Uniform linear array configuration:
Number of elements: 12
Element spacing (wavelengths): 0.5
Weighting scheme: exponential
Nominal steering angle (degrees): -45
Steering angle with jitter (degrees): -45.041
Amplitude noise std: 0.05
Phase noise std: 0.05

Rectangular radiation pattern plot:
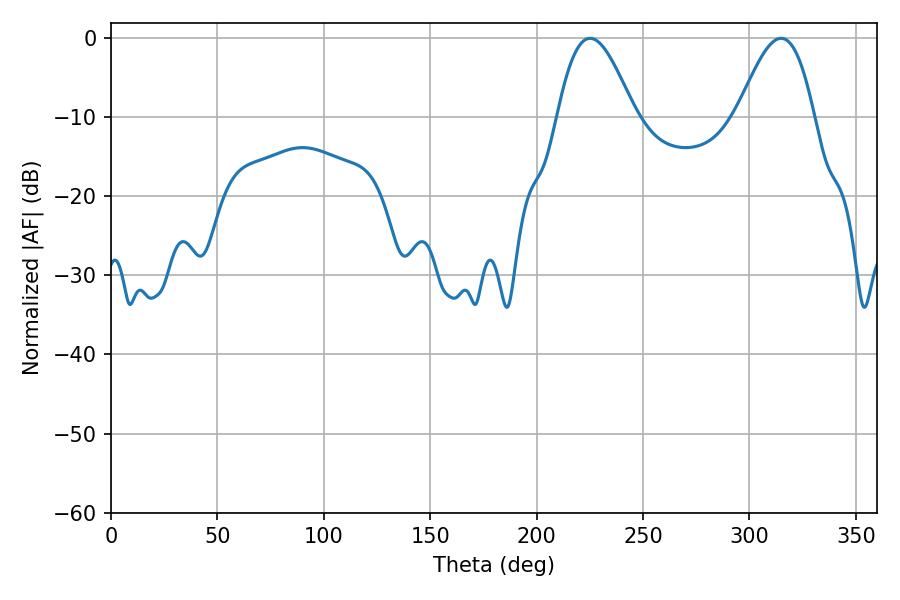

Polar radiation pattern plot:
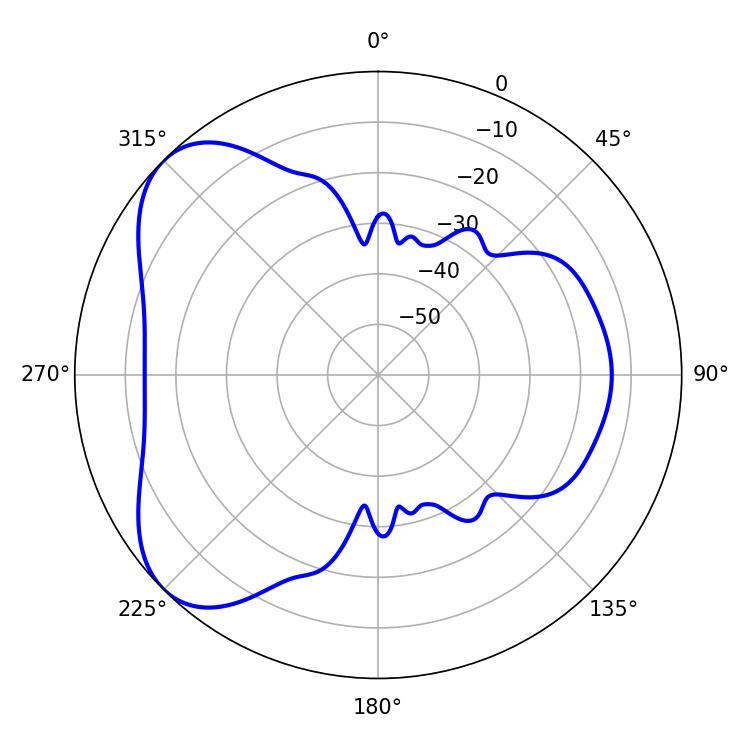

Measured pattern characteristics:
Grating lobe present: FALSE
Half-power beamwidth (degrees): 19.44
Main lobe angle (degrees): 314.82